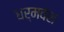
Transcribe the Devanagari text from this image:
धर्मवंश